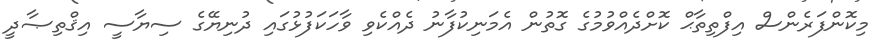
މިކޮންފަރެންސް އިފްތިތާޙް ކޮށްދެއްވުމުގެ ގޮތުން އެމަނިކުފާނު ދެއްކެވި ވާހަކަފުޅުގައި ދުނިޔޭގެ ސިޔާސީ އިޤްތިޞާދީ